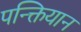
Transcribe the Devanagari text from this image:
पन्क्तियान